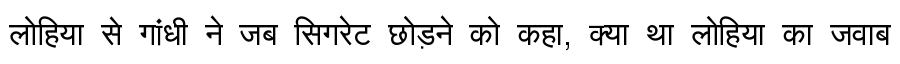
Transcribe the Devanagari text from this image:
लोहिया से गांधी ने जब सिगरेट छोड़ने को कहा, क्या था लोहिया का जवाब